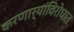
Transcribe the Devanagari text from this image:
करणार्‍यांविरोधात